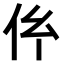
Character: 𠆺